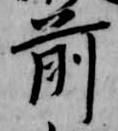
前